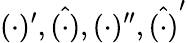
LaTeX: (\cdot)^{\prime},\hat{(\cdot)},(\cdot)^{\prime\prime},\hat{(\cdot)}^{\prime}